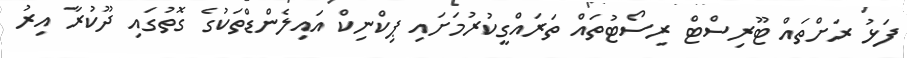
ފަޅު ރަށްތައް ޓޫރިސްޓް ރިސޯޓުތައް ތަރައްގީކުރުމަށައި ޕިކްނިކް އައިލެންޑްތަކުގެ ގޮތުގައި ދޫކުރާ އިރު